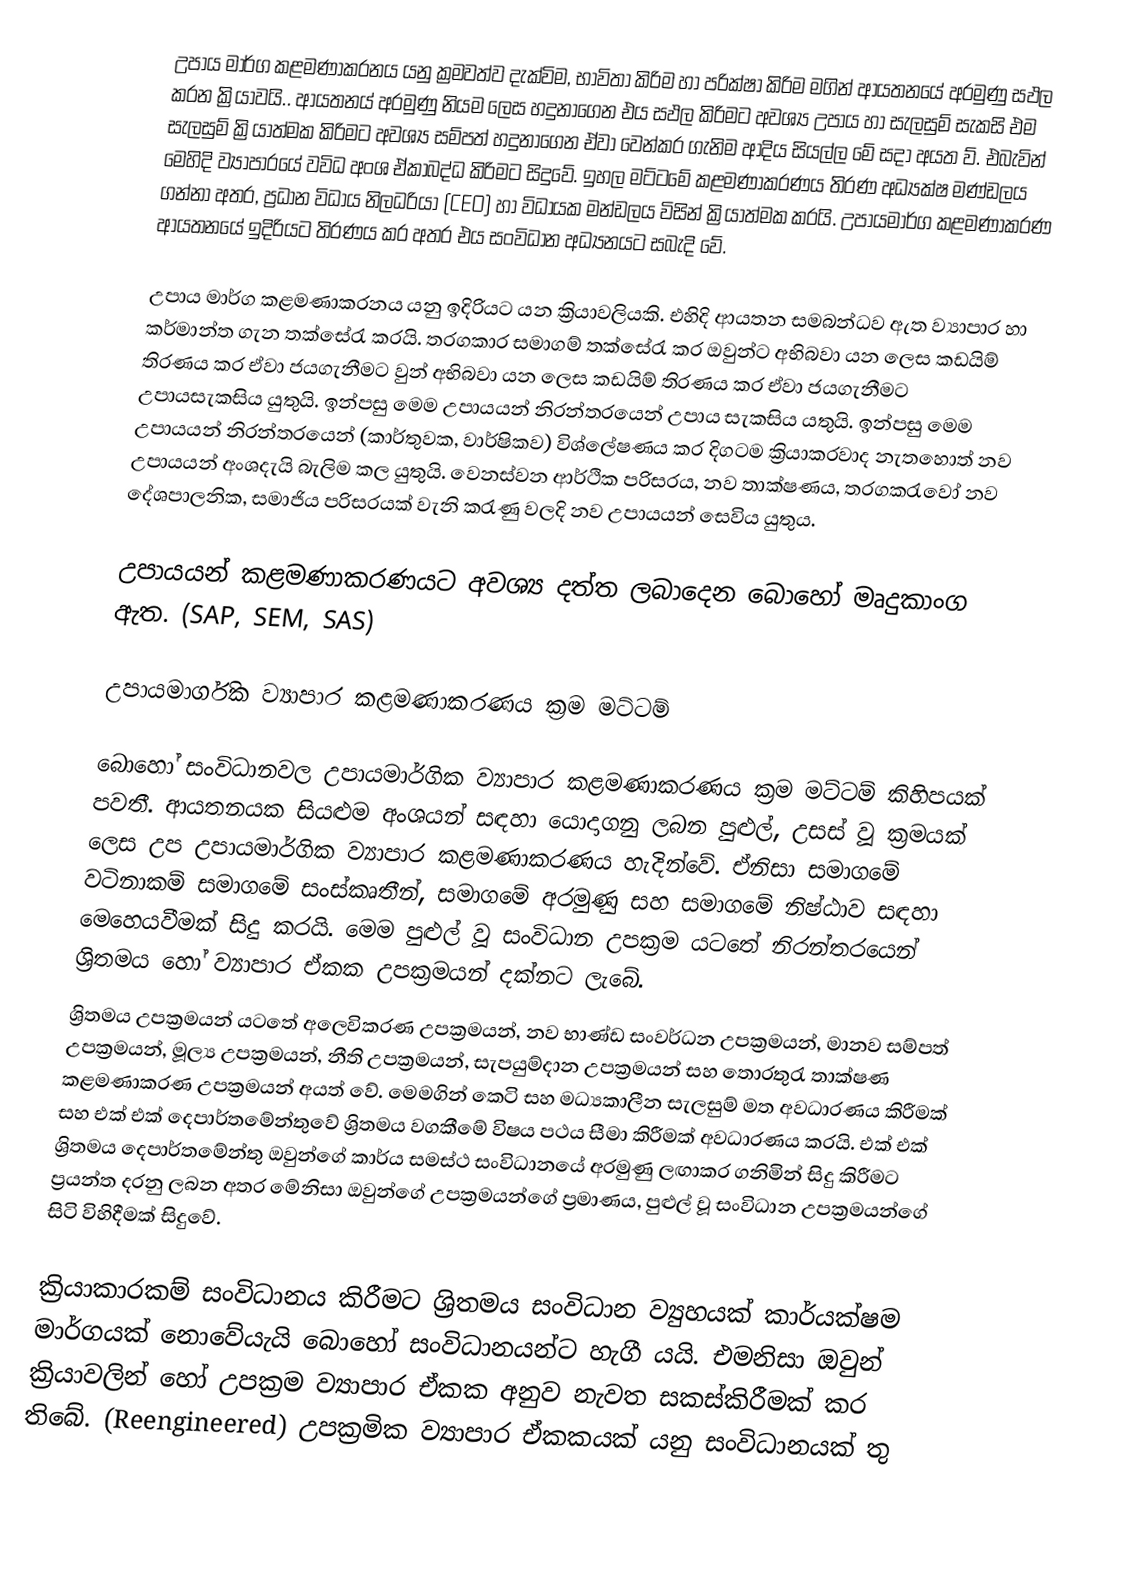
උපාය මාර්ග කළමණාකරනය යනු ක්‍රමවත්ව දැක්විම, භාවිතා කිරිම හා පරික්ෂා කිරිම මගින් ආයතනයේ අරමුණු සඵල කරන ක්‍රියාවයි.. ආයතනය් අරමුණු නියම ලෙස හදුනාගෙන එය සඵල කිරිමට අවශ්‍ය උපාය හා සැලසුම් සැකසි එම සැලසුම් ක්‍රියාත්මක කිරිමට අවශ්‍ය සම්පත් හදුනාගෙන ඒවා වෙන්කර ගැනිම ආදිය සියල්ල මේ සදා අයත ව්. එබැවින් මෙහිදි ව්‍යාපාරයේ වවිධ අංශ ඒකාබද්ධ කිරිමට සිදුවේ. ඉහල මට්ටමේ කළමණාකරණය තිරණ අධ්‍යක්ෂ මණ්ඩලය ගන්නා අතර, ප්‍රධාන විධාය නිලධරියා (CEO) හා විධායක මන්ඩලය විසින් ක්‍රියාත්මක කරයි. උපායමාර්ග කළමණාකරණ ආයතනයේ ඉදිරියට තිරණය කර අතර එය සංවිධාන අධ්‍යනයට සබැදි වේ.

උපාය මාර්ග කළමණාකරනය යනු ඉදිරියට යන ක්‍රියාවලියකි. එහිදි ආයතන සමබන්ධව ඇත ව්‍යාපාර හා කර්මාන්ත ගැන තක්සේරැ කරයි. තරගකාර සමාගම් තක්සේරැ කර ඔවුන්ට අභිබවා යන ලෙස කඩයිම් තිරණය කර ඒවා ජයගැනීමට වුන් අභිබවා යන ලෙස කඩයිම් තිරණය කර ඒවා ජයගැනීමට උපායසැකසිය යුතුයි. ඉන්පසු මෙම උපායයන් නිරන්තරයෙන් උපාය සැකසිය යතුයි. ඉන්පසු මෙම උපායයන් නිරන්තරයෙන් (කාර්තුවක, වාර්ෂිකව) විශ්ලේෂණය කර දිගටම ක්‍රියාකරවාද නැතහොත් නව උපායයන් අංශදැයි බැලිම කල යුතුයි. වෙනස්වන ආර්ථික පරිසරය, නව තාක්ෂණය, තරගකරැවෝ නව දේශපාලනික, සමාජිය පරිසරයක් වැනි කරැණු වලදි නව උපායයන් සෙවිය යුතුය.

උපායයන් කළමණාකරණයට අවශ්‍ය දත්ත ලබාදෙන බොහෝ මෘදුකාංග ඇත. (SAP, SEM, SAS)

උපායමාර්ගික ව්‍යාපාර කළමණාකරණය ක්‍රම මට්ටම්

බොහෝ සංවිධානවල උපායමාර්ගික ව්‍යාපාර කළමණාකරණය ක්‍රම මට්ටම් කිහිපයක් පවතී.  ආයතනයක සියළුම අංශයන් සඳහා යොදාගනු ලබන පුළුල්, උසස් වූ ක්‍රමයක් ලෙස උප උපායමාර්ගික ව්‍යාපාර කළමණාකරණය හැදින්වේ.  ඒනිසා සමාගමේ වටිනාකම් සමාගමේ සංස්කෘතීන්, සමාගමේ අරමුණු සහ සමාගමේ නිෂ්ඨාව සඳහා මෙහෙයවීමක් සිදු කරයි.  මෙම පුළුල් වූ සංවිධාන උපක්‍රම යටතේ නිරන්තරයෙන් ශ්‍රිතමය හෝ ව්‍යාපාර ඒකක උපක්‍රමයන් දක්නට ලැබේ.
ශ්‍රිතමය උපක්‍රමයන් යටතේ අලෙවිකරණ උපක්‍රමයන්, නව භාණ්ඩ සංවර්ධන උපක්‍රමයන්, මානව සම්පත් උපක්‍රමයන්, මූල්‍ය උපක්‍රමයන්, නීති උපක්‍රමයන්, සැපයුම්දාන උපක්‍රමයන් සහ තොරතුරැ තාක්ෂණ කළමණාකරණ උපක්‍රමයන් අයත් වේ.  මෙමගින් කෙටි සහ මධ්‍යකාලීන සැලසුම් මත අවධාරණය කිරීමක් සහ එක් එක් දෙපාර්තමේන්තුවේ ශ්‍රිතමය වගකීමේ විෂය පථය සීමා කිරීමක් අවධාරණය කරයි.  එක් එක් ශ්‍රිතමය දෙපාර්තමේන්තු ඔවුන්ගේ කාර්ය සමස්ථ සංවිධානයේ අරමුණු ලඟාකර ගනිමින් සිදු කිරීමට ප්‍රයන්ත දරනු ලබන අතර මේනිසා ඔවුන්ගේ උපක්‍රමයන්ගේ ප්‍රමාණය, පුළුල් වූ සංවිධාන උපක්‍රමයන්ගේ ‍සිටි විහිදීමක් සිදුවේ.

ක්‍රියාකාරකම් සංවිධානය කිරීමට ශ්‍රිතමය සංවිධාන ව්‍යුහයක් කාර්යක්ෂම මාර්ගයක් නොවේයැයි බොහෝ සංවිධානයන්ට හැගී යයි.  එමනිසා ඔවුන් ක්‍රියාවලින් හෝ උපක්‍රම ව්‍යාපාර ඒකක අනුව නැවත සකස්කිරීමක් කර තිබේ.  (Reengineered) උපක්‍රමික ව්‍යාපාර ඒකකයක් යනු සංවිධානයක් තු